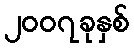
၂၀၀၇ခုနှစ်